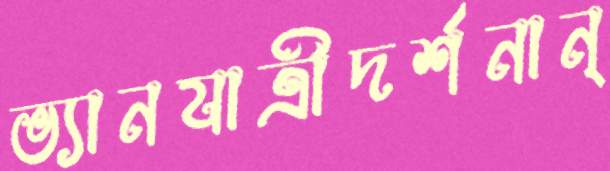
ভ্যানযাত্রীদর্শনান্